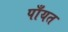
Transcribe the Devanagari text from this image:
पाँयत